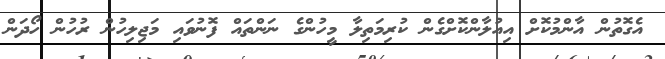
އެގޮތުން އާންމުކޮށް އިއުލާންކޮށްގެން ކުރިމަތިލާ މީހުންގެ ނަންތައް ފޮނުވައި މަޖިލިހުން ރުހުން ހޯދަން